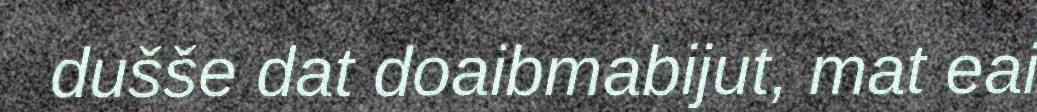
dušše dat doaibmabijut, mat eai